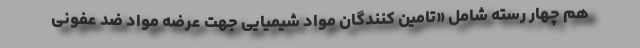
هم چهار رسته شامل «تامین کنندگان مواد شیمیایی جهت عرضه مواد ضد عفونی